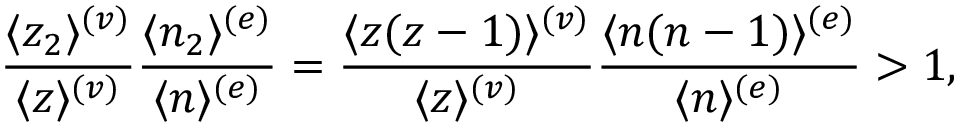
{ \frac { \langle z _ { 2 } \rangle ^ { ( v ) } } { \langle z \rangle ^ { ( v ) } } } { \frac { \langle n _ { 2 } \rangle ^ { ( e ) } } { \langle n \rangle ^ { ( e ) } } } = { \frac { \langle z ( z - 1 ) \rangle ^ { ( v ) } } { \langle z \rangle ^ { ( v ) } } } { \frac { \langle n ( n - 1 ) \rangle ^ { ( e ) } } { \langle n \rangle ^ { ( e ) } } } > 1 ,